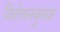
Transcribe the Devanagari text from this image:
विरोचनकुमार